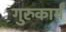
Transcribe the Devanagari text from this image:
गुरुकार्यं